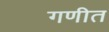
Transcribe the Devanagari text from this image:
गणीत